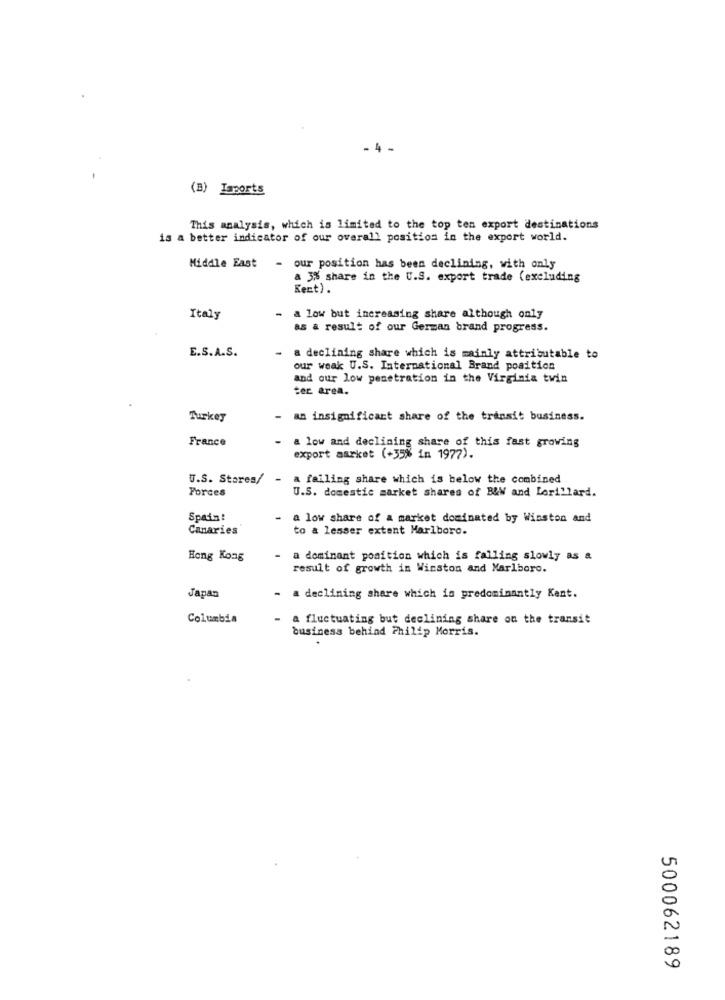
- 4
(B) Imports
This analysis, which is limited to the top ten export destinations
is a better indicator of our overall position in the export world.
Middle East - our position has been declining, with only
a 3% share in the U.S. export trade (excluding
Kent).
Italy
a low but increasing share although only
as a result of our German brand progress.
E.S.A.S.
- a declining share which is mainly attributable to
our weak U.S. International Brand position
and our low penetration in the Virginia twin
Cer area.
Turkey
-an insignificant share of the transit business.
France
- a low and declining share of this fast growing
export market (+35% in 1977).
U.S. Stores/ - a failing share which is below the combined
Forces
U.S. domestic market shares of B&W and Lorillard.
Spain:
- a low share of a market dominated by Winston and
Canaries
to a lesser extent Marlboro.
Hong Kong
a dominant position which is falling slowly as &
result of growth in Winston and Marlboro.
Japan
- a declining share which is predominantly Kent.
Columbia
a fluctuating but declining share on the transit
business behind Philip Morris.
500062189